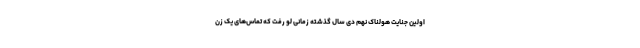
اولین جنایت هولناک نهم دی سال گذشته زمانی لو رفت که تماس‌های یک زن